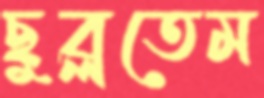
ছুব্‌লতেম